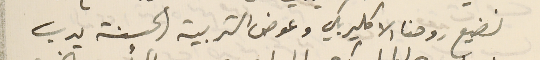
نضيع روحنا الاكليريكي وعوض التربية الحسنة يدب